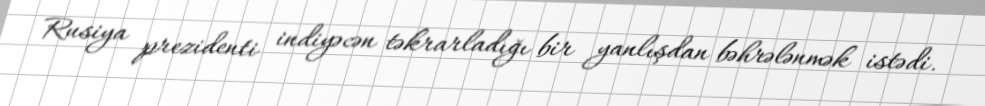
Rusiya prezidenti indiyəcən təkrarladığı bir yanlışdan bəhrələnmək istədi.